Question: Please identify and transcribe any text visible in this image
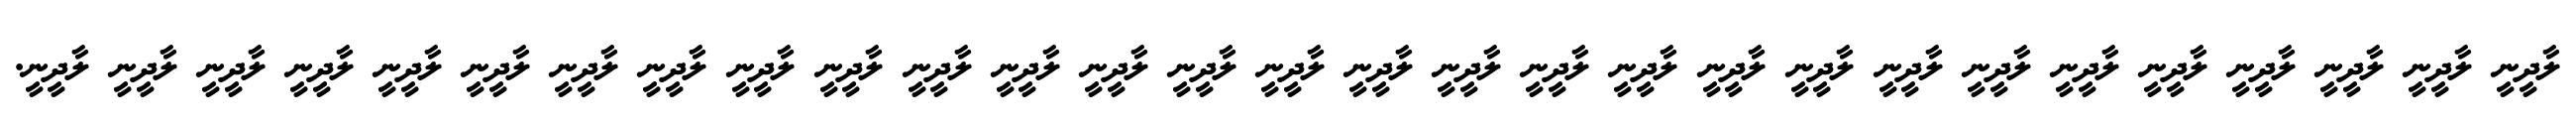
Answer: ލާދީނީ ލާދީނީ ލާދީނީ ލާދީނީ ލާދީނީ ލާދީނީ ލާދީނީ ލާދީނީ ލާދީނީ ލާދީނީ ލާދީނީ ލާދީނީ ލާދީނީ ލާދީނީ ލާދީނީ ލާދީނީ ލާދީނީ ލާދީނީ ލާދީނީ ލާދީނީ ލާދީނީ ލާދީނީ ލާދީނީ ލާދީނީ ލާދީނީ ލާދީނީ ލާދީނީ ލާދީނީ ލާދީނީ.